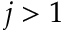
j > 1